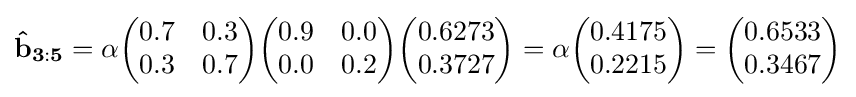
\mathbf {{\hat {b}}_{3:5}} =\alpha {\begin{pmatrix}0.7&0.3\\0.3&0.7\end{pmatrix}}{\begin{pmatrix}0.9&0.0\\0.0&0.2\end{pmatrix}}{\begin{pmatrix}0.6273\\0.3727\end{pmatrix}}=\alpha {\begin{pmatrix}0.4175\\0.2215\end{pmatrix}}={\begin{pmatrix}0.6533\\0.3467\end{pmatrix}}